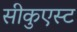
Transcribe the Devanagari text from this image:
सीकुएस्ट